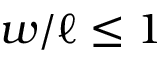
w / \ell \leq 1